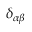
\delta _ { \alpha \beta }